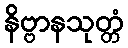
နိဗ္ဗာနသုတ္တံ